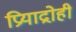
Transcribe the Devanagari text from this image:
प्रियाद्रोही